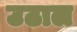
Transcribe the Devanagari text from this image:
उठाल